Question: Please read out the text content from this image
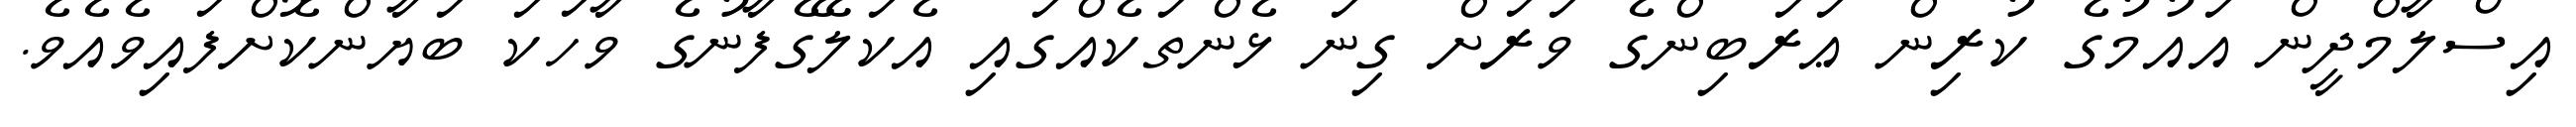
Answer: އިސްލާމްދީން އައުމުގެ ކުރިން ޢަރަބިންގެ ވަރަށް ގިނަ ޅެންތަކެއްގައި އެކަލޭގެފާނުގެ ވާހަކަ ބަޔާންކޮށްފައިވެއެވެ.